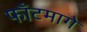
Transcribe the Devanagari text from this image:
फाँटमागे